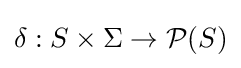
\delta :S\times \Sigma \rightarrow {\mathcal {P}}(S)